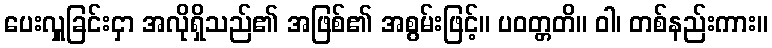
ပေးလှူခြင်းငှာ အလိုရှိသည်၏ အဖြစ်၏ အစွမ်းဖြင့်။ ပဝတ္တတိ။ ဝါ၊ တစ်နည်းကား။